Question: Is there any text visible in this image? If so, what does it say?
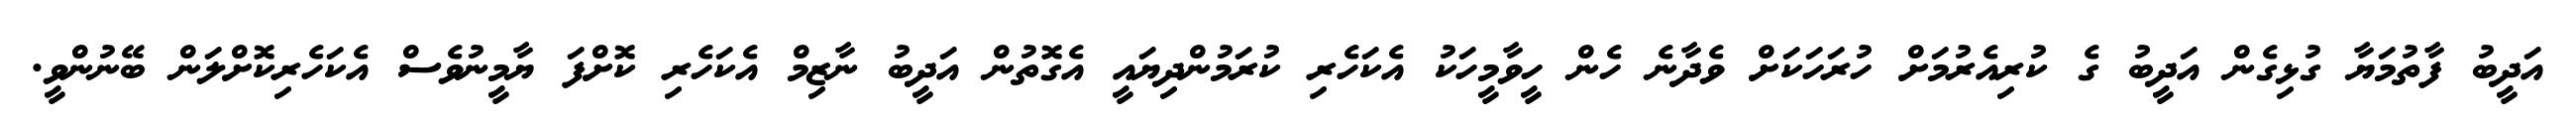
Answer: އަދީބު ފާތުމަޔާ ގުޅިގެން އަދީބު ގެ ކުރިއެރުމަށް ހުރަހަކަށް ވެދާނެ ހެން ހީވާމީހަކު އެކަހެރި ކުރަމުންދިޔައީ އެގޮތުން އަދީބު ނާޒިމް އެކަހެރި ކޮށްފަ ޔާމީނުވެސް އެކަހެރިކޮށްލަން ބޭނުންވީ.